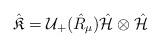
LaTeX: \begin{align*}{\hat{\mathfrak{K}}}=\mathcal{U}_{+}(\hat{R}_{\mu}){\hat{\mathcal{H}}}\otimes{\hat{\mathcal{H}}}\end{align*}